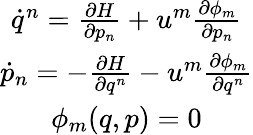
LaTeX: \begin{array}{c}{\dot{q}^{n}=\frac{\partial H}{\partial p_{n}}+u^{m}\frac{\partial\phi_{m}}{\partial p_{n}}}\\ {\dot{p}_{n}=-\frac{\partial H}{\partial q^{n}}-u^{m}\frac{\partial\phi_{m}}{\partial q^{n}}}\\ {\phi_{m}(q,p)=0}\end{array}